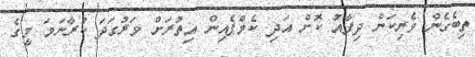
ތިބެގެން ވެރިކަން ދިފާއު ކޮށް އަދި ކެމްޕެއިން އިތުރަށް ވަރުގަދަ ކުރާނަމަ މީގެ